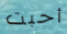
أحبت